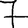
Digit: 7